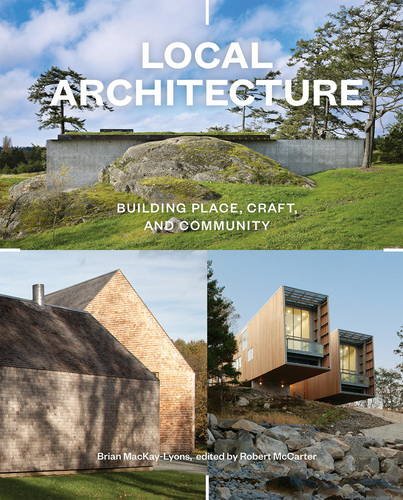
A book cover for Local Architecture: Building Place, Craft, and Community; Brian Mackay-Lyons; Arts & Photography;